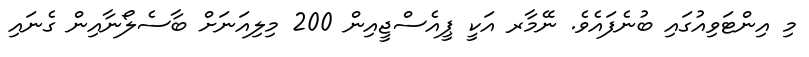
މި އިންޓަވިއުގައި ބުނެފައެވެ. ނޭމާރ އަކީ ޕީއެސްޖީއިން 200 މިލިއަނަށް ބާސެލޯނާއިން ގެނައި